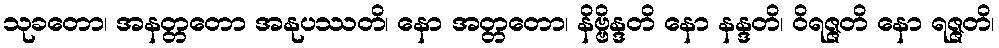
သုခတော၊ အနတ္တတော အနုပဿတိ၊ နော အတ္တတော၊ နိဗ္ဗိန္ဒတိ နော နန္ဒတိ၊ ဝိရဇ္ဇတိ နော ရဇ္ဇတိ၊